Source: Handwritten
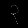
Digit: ၃ (3)